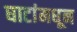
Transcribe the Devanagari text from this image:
घाटांमधून